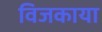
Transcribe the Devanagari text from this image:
विजकाया